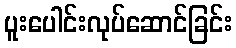
ပူးပေါင်းလုပ်ဆောင်ခြင်း